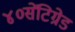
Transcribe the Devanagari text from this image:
४०सेंटिग्रेड